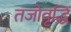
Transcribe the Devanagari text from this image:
तजोवृद्धिं